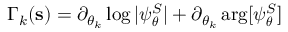
\Gamma _ { k } ( \mathbf { s } ) = \partial _ { \theta _ { k } } \log | \psi _ { \boldsymbol \theta } ^ { S } | + \partial _ { \theta _ { k } } \arg [ \psi _ { \boldsymbol \theta } ^ { S } ]